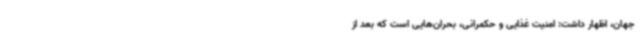
جهان، اظهار داشت: امنیت غذایی و حکمرانی، بحران‌هایی است که بعد از